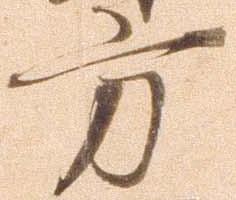
方